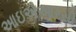
આઇએઆરસી